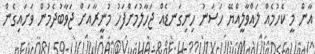
އާން މީ ކެހުމެއް ލައްވާލީއްޔޭ ހަސަނު ހިނިގަނޑެއް ޖަހާލުމަށްފަހު މުނީރާއަށް ޖަވާބުދެމުން ވަށައިގެން